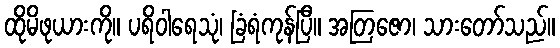
ထိုမိဖုယားကို။ ပရိဝါရေသုံ၊ ခြံရံကုန်ပြီ။ အတြဇော၊ သားတော်သည်။